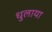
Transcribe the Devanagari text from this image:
धुलाया